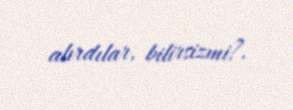
alırdılar, bilirsizmi?.